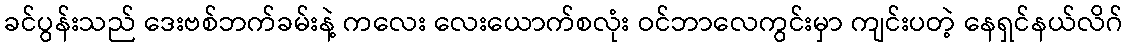
ခင်ပွန်းသည် ဒေးဗစ်ဘက်ခမ်းနဲ့ ကလေး လေးယောက်စလုံး ဝင်ဘာလေကွင်းမှာ ကျင်းပတဲ့ နေရှင်နယ်လိဂ်